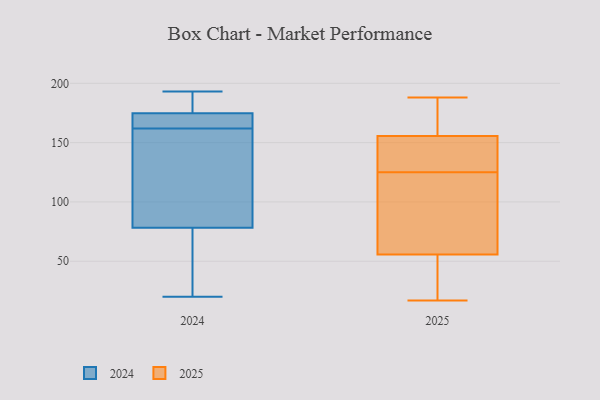
{"axis": {"x": "Churn Rate (%)", "y": "Value"}, "legend": ["2024", "2025"], "data": [{"x": "", "y": 145, "type": "2025"}, {"x": "", "y": 144, "type": "2025"}, {"x": "", "y": 53, "type": "2025"}, {"x": "", "y": 17, "type": "2025"}, {"x": "", "y": 125, "type": "2025"}, {"x": "", "y": 29, "type": "2025"}, {"x": "", "y": 85, "type": "2025"}, {"x": "", "y": 64, "type": "2025"}, {"x": "", "y": 184, "type": "2025"}, {"x": "", "y": 188, "type": "2025"}, {"x": "", "y": 159, "type": "2025"}, {"x": "", "y": 177, "type": "2024"}, {"x": "", "y": 173, "type": "2024"}, {"x": "", "y": 174, "type": "2024"}, {"x": "", "y": 193, "type": "2024"}, {"x": "", "y": 95, "type": "2024"}, {"x": "", "y": 193, "type": "2024"}, {"x": "", "y": 27, "type": "2024"}, {"x": "", "y": 168, "type": "2024"}, {"x": "", "y": 162, "type": "2024"}, {"x": "", "y": 191, "type": "2024"}, {"x": "", "y": 155, "type": "2024"}, {"x": "", "y": 79, "type": "2024"}, {"x": "", "y": 172, "type": "2024"}, {"x": "", "y": 76, "type": "2024"}, {"x": "", "y": 103, "type": "2024"}, {"x": "", "y": 76, "type": "2024"}, {"x": "", "y": 20, "type": "2024"}]}